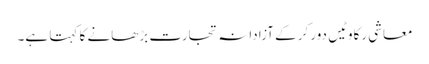
معاشی رکاوٹیں دور کرکے آزادانہ تجارت بڑھانے کا کہتا ہے۔